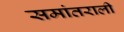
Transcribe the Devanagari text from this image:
समांतराली